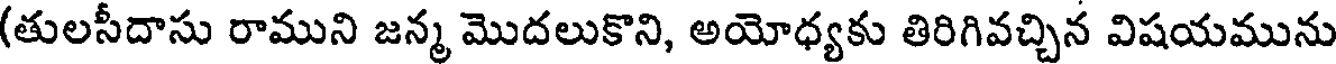
(తులసీదాసు రాముని జన్మ మొదలుకొని, అయోధ్యకు తిరిగివచ్చిన విషయమును